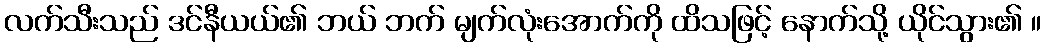
လက်သီးသည် ဒင်နီယယ်၏ ဘယ် ဘက် မျက်လုံးအောက်ကို ထိသဖြင့် နောက်သို့ ယိုင်သွား၏ ။